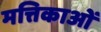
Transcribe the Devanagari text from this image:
मत्तिकाओं